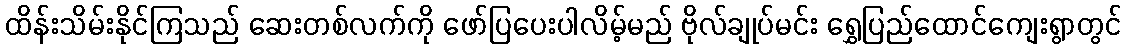
ထိန်းသိမ်းနိုင်ကြသည် ဆေးတစ်လက်ကို ဖော်ပြပေးပါလိမ့်မည် ဗိုလ်ချုပ်မင်း ရွှေပြည်ထောင်ကျေးရွာတွင်